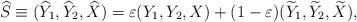
LaTeX: \begin{align*}\widehat{S} \equiv ( \widehat{Y}_1,\widehat{Y}_2, \widehat{X} ) = \varepsilon (Y_1, Y_2,X) + (1-\varepsilon) (\widetilde{Y}_1,\widetilde{Y}_2, \widetilde{X} ),\end{align*}